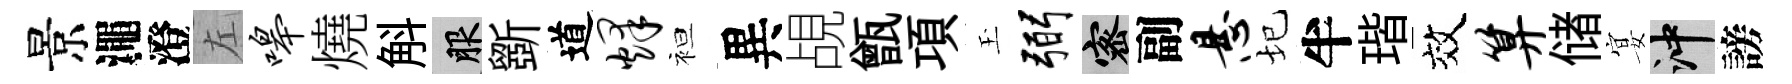
景澠澄左嗥燒斛服斵道烽袒異覘甑項玉弼密副悬圮半瑎效算储宴冲謗